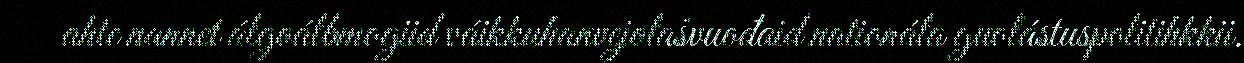
ahte nannet álgoálbmogiid váikkuhanvejolašvuođaid nationála guolástuspolitihkkii.